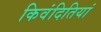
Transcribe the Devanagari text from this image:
किवंदितियां